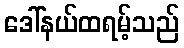
ဒေါ်နယ်ထရမ့်သည်